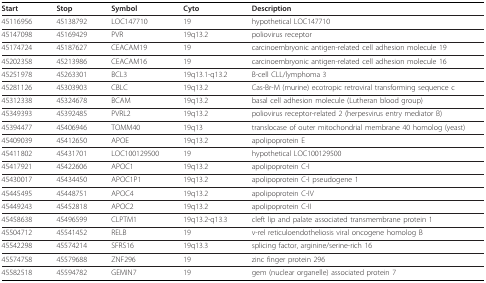
<table><thead><tr><td><b>Start</b></td><td><b>Stop</b></td><td><b>Symbol</b></td><td><b>Cyto</b></td><td><b>Description</b></td></tr></thead><tbody><tr><td>45116956</td><td>45138792</td><td>LOC147710</td><td>19</td><td>hypothetical LOC147710</td></tr><tr><td>45147098</td><td>45169429</td><td>PVR</td><td>19q13.2</td><td>poliovirus receptor</td></tr><tr><td>45174724</td><td>45187627</td><td>CEACAM19</td><td>19</td><td>carcinoembryonic antigen-related cell adhesion molecule 19</td></tr><tr><td>45202358</td><td>45213986</td><td>CEACAM16</td><td>19</td><td>carcinoembryonic antigen-related cell adhesion molecule 16</td></tr><tr><td>45251978</td><td>45263301</td><td>BCL3</td><td>19q13.1-q13.2</td><td>B-cell CLL/lymphoma 3</td></tr><tr><td>45281126</td><td>45303903</td><td>CBLC</td><td>19q13.2</td><td>Cas-Br-M (murine) ecotropic retroviral transforming sequence c</td></tr><tr><td>45312338</td><td>45324678</td><td>BCAM</td><td>19q13.2</td><td>basal cell adhesion molecule (Lutheran blood group)</td></tr><tr><td>45349393</td><td>45392485</td><td>PVRL2</td><td>19q13.2</td><td>poliovirus receptor-related 2 (herpesvirus entry mediator B)</td></tr><tr><td>45394477</td><td>45406946</td><td>TOMM40</td><td>19q13</td><td>translocase of outer mitochondrial membrane 40 homolog (yeast)</td></tr><tr><td>45409039</td><td>45412650</td><td>APOE</td><td>19q13.2</td><td>apolipoprotein E</td></tr><tr><td>45411802</td><td>45431701</td><td>LOC100129500</td><td>19</td><td>hypothetical LOC100129500</td></tr><tr><td>45417921</td><td>45422606</td><td>APOC1</td><td>19q13.2</td><td>apolipoprotein C-I</td></tr><tr><td>45430017</td><td>45434450</td><td>APOC1P1</td><td>19q13.2</td><td>apolipoprotein C-I pseudogene 1</td></tr><tr><td>45445495</td><td>45448751</td><td>APOC4</td><td>19q13.2</td><td>apolipoprotein C-IV</td></tr><tr><td>45449243</td><td>45452818</td><td>APOC2</td><td>19q13.2</td><td>apolipoprotein C-II</td></tr><tr><td>45458638</td><td>45496599</td><td>CLPTM1</td><td>19q13.2-q13.3</td><td>cleft lip and palate associated transmembrane protein 1</td></tr><tr><td>45504712</td><td>45541452</td><td>RELB</td><td>19</td><td>v-rel reticuloendotheliosis viral oncogene homolog B</td></tr><tr><td>45542298</td><td>45574214</td><td>SFRS16</td><td>19q13.3</td><td>splicing factor, arginine/serine-rich 16</td></tr><tr><td>45574758</td><td>45579688</td><td>ZNF296</td><td>19</td><td>zinc finger protein 296</td></tr><tr><td>45582518</td><td>45594782</td><td>GEMIN7</td><td>19</td><td>gem (nuclear organelle) associated protein 7</td></tr></tbody></table>